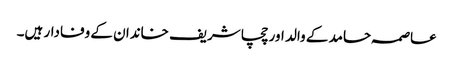
عاصمہ حامد کے والد اور چچا شریف خاندان کے وفادار ہیں۔